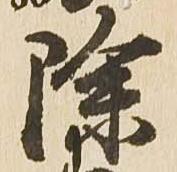
除